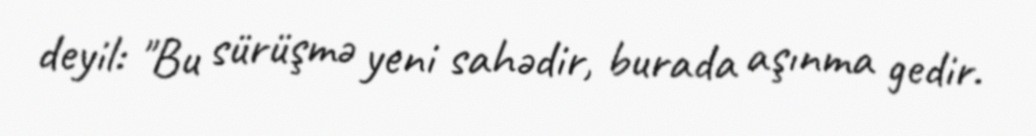
deyil: "Bu sürüşmə yeni sahədir, burada aşınma gedir.